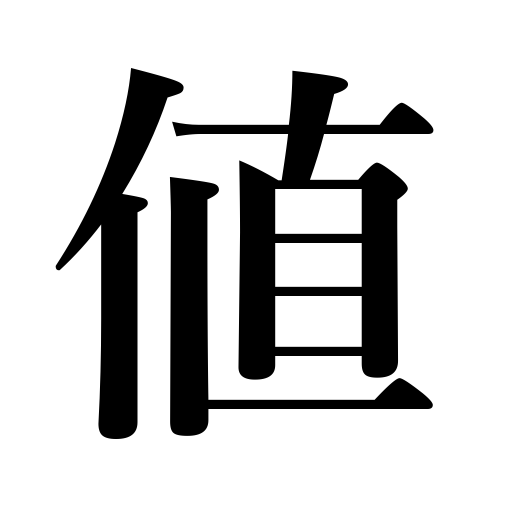
Meanings: price,value,cost